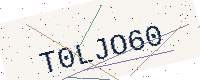
Text: T0LJO60